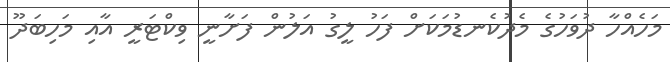
މަހެއްހާ ދުވަހުގެ މެދުކެނޑުމަކަށް ފަހު ލީގު އަލުން ފަށާނީ ވިކްޓަރީ އާއި މަހިބަދޫ